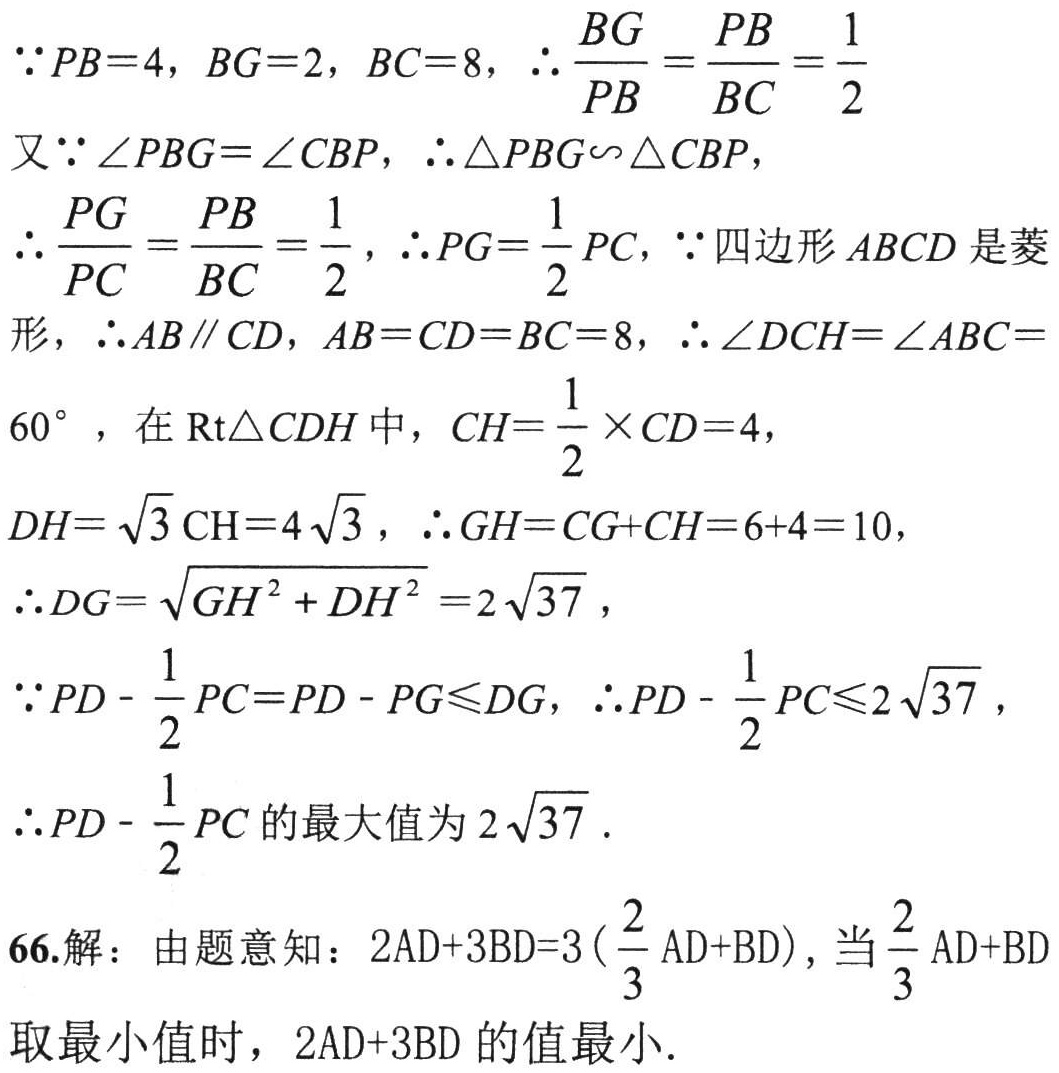
\(\because PB = 4\)，\(BG = 2\)，\(BC = 8\)，\(\therefore\frac{BG}{PB}=\frac{PB}{BC}=\frac{1}{2}\)
又\(\because\angle PBG=\angle CBP\)，\(\therefore\triangle PBG\backsim\triangle CBP\)，
\(\therefore\frac{PG}{PC}=\frac{PB}{BC}=\frac{1}{2}\)，\(\therefore PG=\frac{1}{2}PC\)，\(\because\)四边形\(ABCD\)是菱
形，\(\therefore AB\parallel CD\)，\(AB = CD = BC = 8\)，\(\therefore\angle DCH=\angle ABC = 60^{\circ}\)，在\(\text{Rt}\triangle CDH\)中，\(CH=\frac{1}{2}\times CD = 4\)，
\(DH=\sqrt{3}CH = 4\sqrt{3}\)，\(\therefore GH = CG + CH = 6 + 4 = 10\)，
\(\therefore DG=\sqrt{GH^{2}+DH^{2}} = 2\sqrt{37}\)，
\(\because PD-\frac{1}{2}PC = PD - PG\leqslant DG\)，\(\therefore PD-\frac{1}{2}PC\leqslant2\sqrt{37}\)，
\(\therefore PD-\frac{1}{2}PC\)的最大值为\(2\sqrt{37}\).

66.解：由题意知：\(2AD + 3BD = 3(\frac{2}{3}AD + BD)\)，当\(\frac{2}{3}AD + BD\)
取最小值时，\(2AD + 3BD\)的值最小.